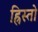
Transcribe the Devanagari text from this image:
ह्रिस्तो